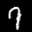
Label: 7